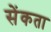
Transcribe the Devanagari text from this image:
सेंकता